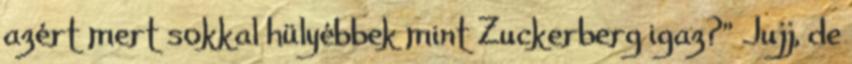
azért mert sokkal hülyébbek mint Zuckerberg igaz?" Jujj, de